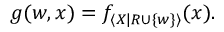
g ( w , x ) = f _ { \langle X | R \cup \{ w \} \rangle } ( x ) .